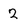
Character: 2